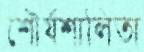
শৌর্যশালিতা